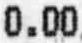
0.00